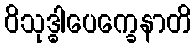
ဝိသုဒ္ဓါပေက္ခေနာတိ